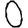
Digit: 0